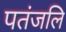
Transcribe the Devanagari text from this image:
पतंजलि